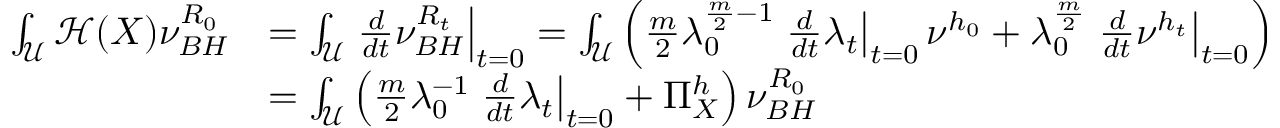
\begin{array} { r l } { \int _ { \mathcal { U } } \mathcal { H } ( X ) \nu _ { B H } ^ { R _ { 0 } } } & { = \int _ { \mathcal { U } } \left. \frac { d } { d t } \nu _ { B H } ^ { R _ { t } } \right\vert _ { t = 0 } = \int _ { \mathcal { U } } \left( \frac { m } { 2 } \lambda _ { 0 } ^ { \frac { m } { 2 } - 1 } \left. \frac { d } { d t } \lambda _ { t } \right\vert _ { t = 0 } \nu ^ { h _ { 0 } } + \lambda _ { 0 } ^ { \frac { m } { 2 } } \left. \frac { d } { d t } \nu ^ { h _ { t } } \right\vert _ { t = 0 } \right) } \\ & { = \int _ { \mathcal { U } } \left( \frac { m } { 2 } \lambda _ { 0 } ^ { - 1 } \left. \frac { d } { d t } \lambda _ { t } \right\vert _ { t = 0 } + \Pi _ { X } ^ { h } \right) \nu _ { B H } ^ { R _ { 0 } } } \end{array}